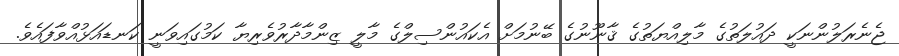
ޖެނެރަލުންނަކީ ދައުލަތުގެ މާލިއްޔަތުގެ ޤާނޫނުގެ ބޭނުމަށް އެކައުންސިލްގެ މާލީ ޒިންމާދާރުވެރިޔާ ކަމުގައިވަނީ ކަނޑައަޅުއްވާފައެވެ.